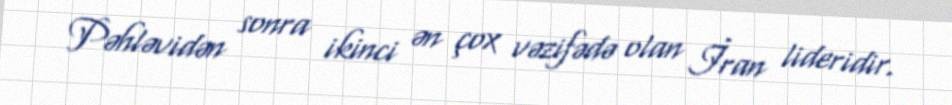
Pəhləvidən sonra ikinci ən çox vəzifədə olan İran lideridir.